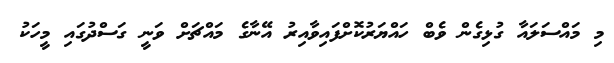
މި މައްސަލައާ ގުޅިގެން ވެބް ހައްޔަރުކޮށްފައިވާއިރު އޭނާގެ މައްޗަށް ވަނީ ގަސްދުގައި މީހަކު